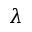
\lambda